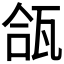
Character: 𬎪